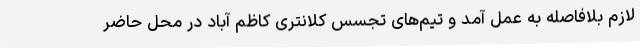
لازم بلافاصله به عمل آمد و تیم‌های تجسس کلانتری کاظم آباد در محل حاضر